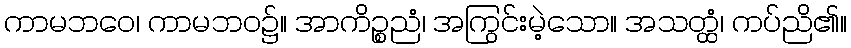
ကာမဘဝေ၊ ကာမဘဝ၌။ အာကိဉ္စညံ၊ အကြွင်းမဲ့သော။ အသတ္ထံ၊ ကပ်ညိ၏။